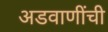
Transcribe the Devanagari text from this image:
अडवाणींची